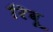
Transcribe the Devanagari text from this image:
रिवू